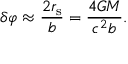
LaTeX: \delta \varphi \approx { \frac { 2 r _ { \mathrm { { s } } } } { b } } = { \frac { 4 G M } { c ^ { 2 } b } } .